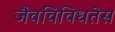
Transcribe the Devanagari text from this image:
जैवविविधतेस